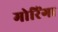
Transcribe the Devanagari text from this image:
मोरिंगा